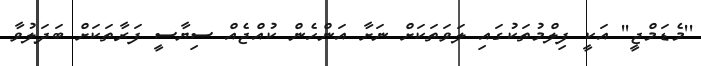
''މެޑަމްޖީ'' އަކީ ފިލްމުތަކުގައި ލަވަތަކަށް ނަށާ އަންހެން ކުއްޖެއް ސިޔާސީ ފަރާތަކަށް ބަދަލުވާ